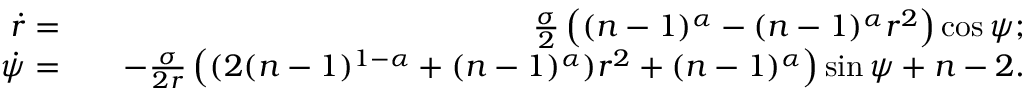
\begin{array} { r l r } { \dot { r } = } & { } & { \frac { \sigma } { 2 } \left( ( n - 1 ) ^ { \alpha } - ( n - 1 ) ^ { \alpha } r ^ { 2 } \right) \cos { \psi } ; } \\ { \dot { \psi } = } & { } & { - \frac { \sigma } { 2 r } \left( ( 2 ( n - 1 ) ^ { 1 - \alpha } + ( n - 1 ) ^ { \alpha } ) r ^ { 2 } + ( n - 1 ) ^ { \alpha } \right) \sin { \psi } + n - 2 . } \end{array}